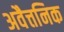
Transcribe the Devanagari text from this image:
अवैत्तनिक